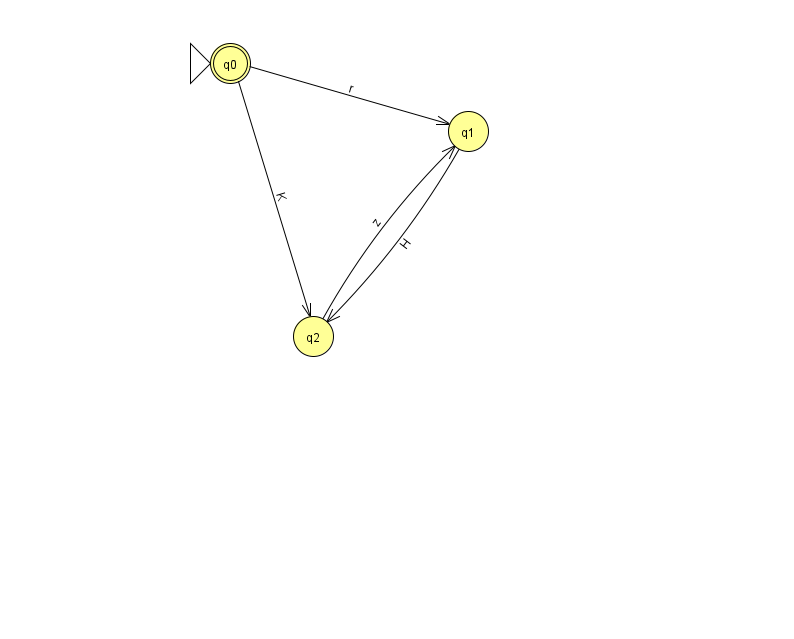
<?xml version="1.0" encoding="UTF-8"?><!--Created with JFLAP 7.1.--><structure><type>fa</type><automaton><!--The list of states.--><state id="0" name="q0"><x>230.0</x><y>50.0</y><initial/><final/></state><state id="1" name="q1"><x>468.0</x><y>118.0</y></state><state id="2" name="q2"><x>313.0</x><y>323.0</y></state><!--The list of transitions.--><transition><from>0</from><to>2</to><read>K</read></transition><transition><from>0</from><to>1</to><read>r</read></transition><transition><from>1</from><to>2</to><read>H</read></transition><transition><from>2</from><to>1</to><read>z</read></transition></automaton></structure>